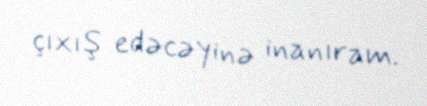
çıxış edəcəyinə inanıram.